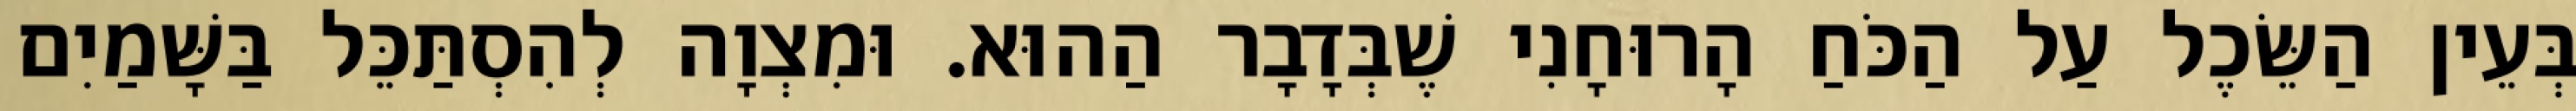
בְּעֵין הַשֵּׂכֶל עַל הַכֹּחַ הָרוּחָנִי שֶׁבְּדָבָר הַהוּא. וּמִצְוָה לְהִסְתַּכֵּל בַּשָּׁמַיִם